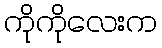
ကိုကိုလေးက